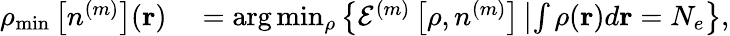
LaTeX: \begin{array}{l}{\rho_{\mathrm{min}}\left[n^{(m)}\right]({\mathbf r})\ ~\ ~=\arg\operatorname*{min}_{\rho}\left\{ {\cal E}^{(m)}\left[\rho,n^{(m)}\right]\left\vert\int\rho({\mathbf r})d{\mathbf r}=N_{e}\right.\right\} ,}\end{array}